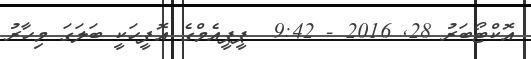
އޮކްޓޯބަރު 28